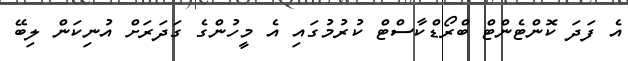
އެ ފަދަ ކޮންޓެންޓް ބްރޯޑްކާސްޓް ކުރުމުގައި އެ މީހުންގެ ގަދަރަށް އުނިކަން ލިބޭ